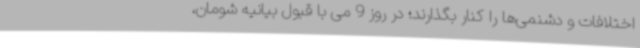
اختلافات و دشنمی‌ها را کنار بگذارند؛ در روز 9 می با قبول بیانیه شومان،